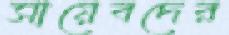
সায়েবদের